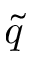
\tilde { q }